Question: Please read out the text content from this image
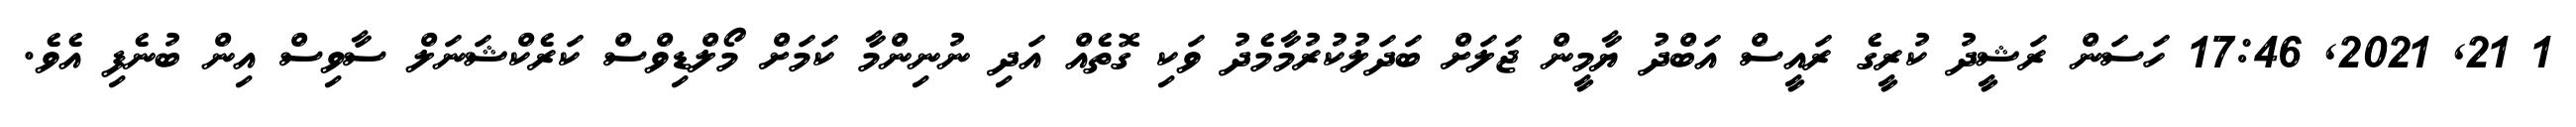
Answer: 1 21, 2021, 17:46 ހަސަން ރަޝީދު ކުރީގެ ރައީސް އަބްދު ޔާމީން ޖަލަށް ބަދަލުކުރުމާމެދު ވަކި ގޮތެއް އަދި ނުނިންމާ ކަމަށް މޯލްޑިވްސް ކަރެކްޝަނަލް ސާވިސް އިން ބުނެފި އެވެ.